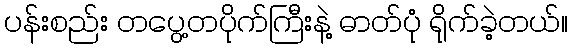
ပန်းစည်း တပွေ့တပိုက်ကြီးနဲ့ ဓာတ်ပုံ ရိုက်ခဲ့တယ်။